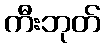
ကီးဘုတ်